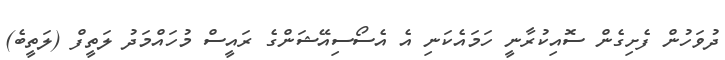
ދުވަހުން ފެށިގެން ސޮއިކުރާނީ ހަމައެކަނި އެ އެސޯސިއޭޝަންގެ ރައީސް މުހައްމަދު ލަތީފް (ލަތީބެ)